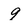
Character: 9